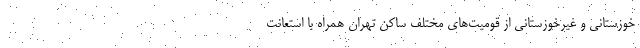
خوزستانی‌ و غیرخوزستانی از قومیت‌های مختلف ساکن تهران همراه با استعانت